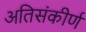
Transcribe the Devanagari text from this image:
अतिसंकीर्ण